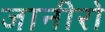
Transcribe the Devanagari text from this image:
जानीरो